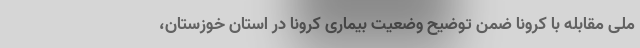
ملی مقابله با کرونا ضمن توضیح وضعیت بیماری کرونا در استان خوزستان،